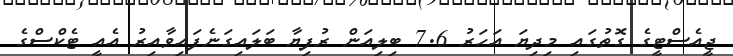
ޖީއެސްޓީގެ ގޮތުގައި މިދިޔަ އަހަރު 7.6 ބިލިއަން ރުފިޔާ ބަލައިގަނެފައިވާއިރު އެއީ ޓެކްސްގެ